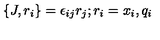
\{ J , r _ { i } \} = \epsilon _ { i j } r _ { j } ; r _ { i } = x _ { i } , q _ { i }